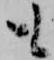
も